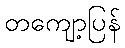
တကျော့ပြန်